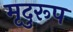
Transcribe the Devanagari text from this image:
मृदुरूप